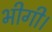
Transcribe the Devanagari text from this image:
भीगी।